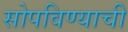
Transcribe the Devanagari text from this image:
सोपविण्याची